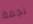
نجمة